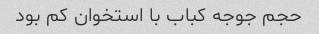
حجم جوجه کباب با استخوان کم بود